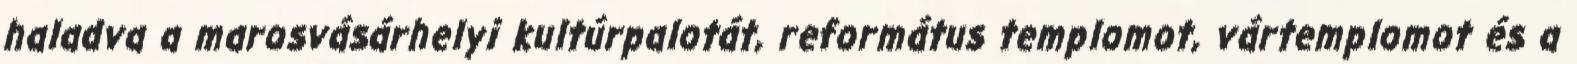
haladva a marosvásárhelyi kultúrpalotát, református templomot, vártemplomot és a